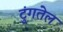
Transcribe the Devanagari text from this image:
टुंगतेल